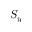
S _ { y }